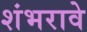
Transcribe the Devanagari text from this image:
शंभरावे